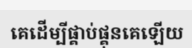
គេដើម្បីផ្គាប់ផ្គុនគេឡើយ